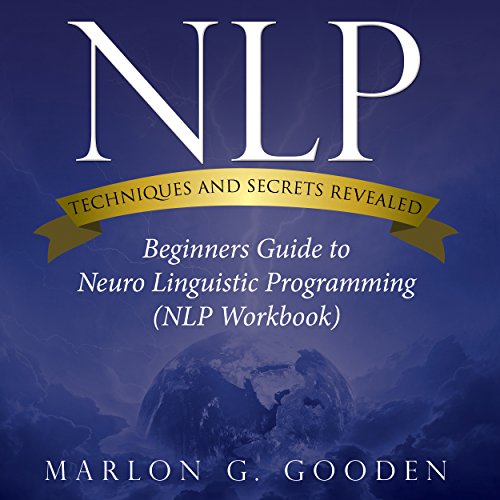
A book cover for NLP Techniques and Secrets Revealed: Beginners Guide to Neuro Linguistic Programming; Marlon G. Gooden; Self-Help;